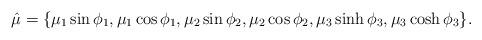
LaTeX: \begin{align*}\hat \mu=\{\mu_1\sin\phi_1,\mu_1\cos\phi_1,\mu_2\sin\phi_2,\mu_2\cos\phi_2,\mu_3\sinh\phi_3,\mu_3\cosh\phi_3\}.\end{align*}